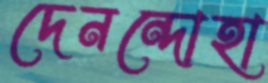
দেনন্দোহা